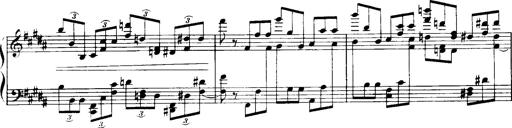
Title: Historische ungarische Bildnisse
Composer: Franz Liszt